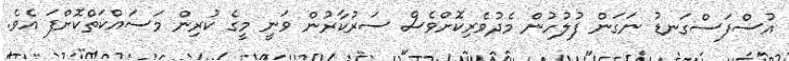
އުސްފަސްގަނޑު ނަގަން ފުލުހުން މެދުވެރިކޮށްވެސް ސަރުކާރުން ވަނީ މީގެ ކުރިން މަސައްކަތްކޮށްފަ އެވެ.